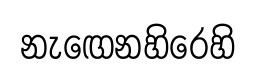
නැඟෙනහිරෙහි